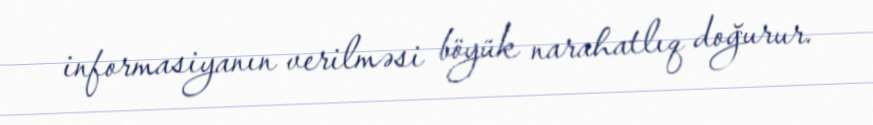
informasiyanın verilməsi böyük narahatlıq doğurur.